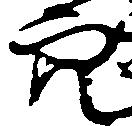
穴